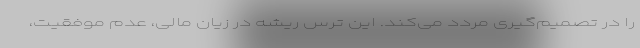
را در تصمیم‌گیری مردد می‌کند. این ترس ریشه در زیان مالی، عدم موفقیت،